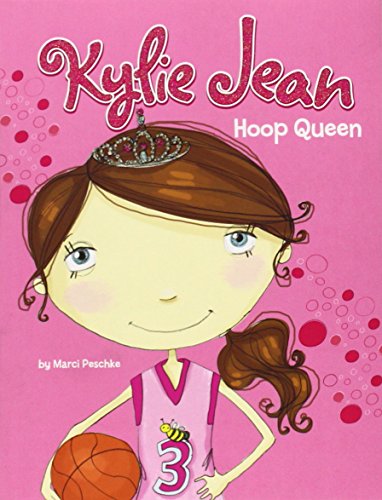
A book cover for Hoop Queen (Kylie Jean); Marci Peschke; Children's Books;